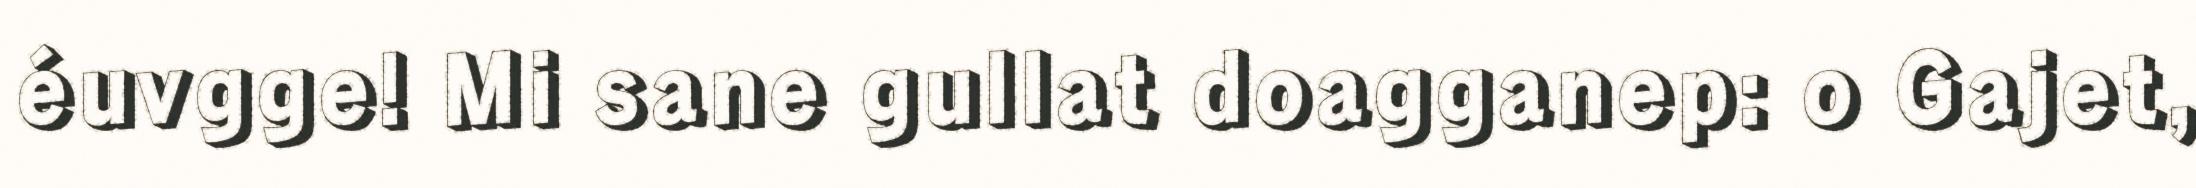
éuvgge! Mi sane gullat doagganep: o Gajet,